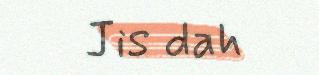
Jis dah